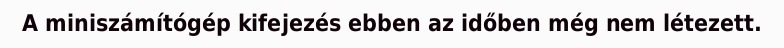
A miniszámítógép kifejezés ebben az időben még nem létezett.